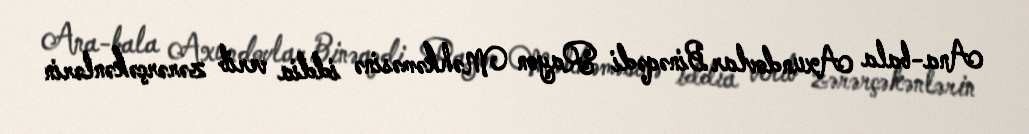
Ana-bala Axundovlar Binəqədi Rayon Məhkəməsinə iddia verib zərərçəkənlərin